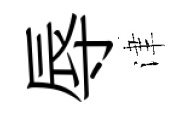
辱津